Jaan_Tonisson_(Lasteleht), lk 423
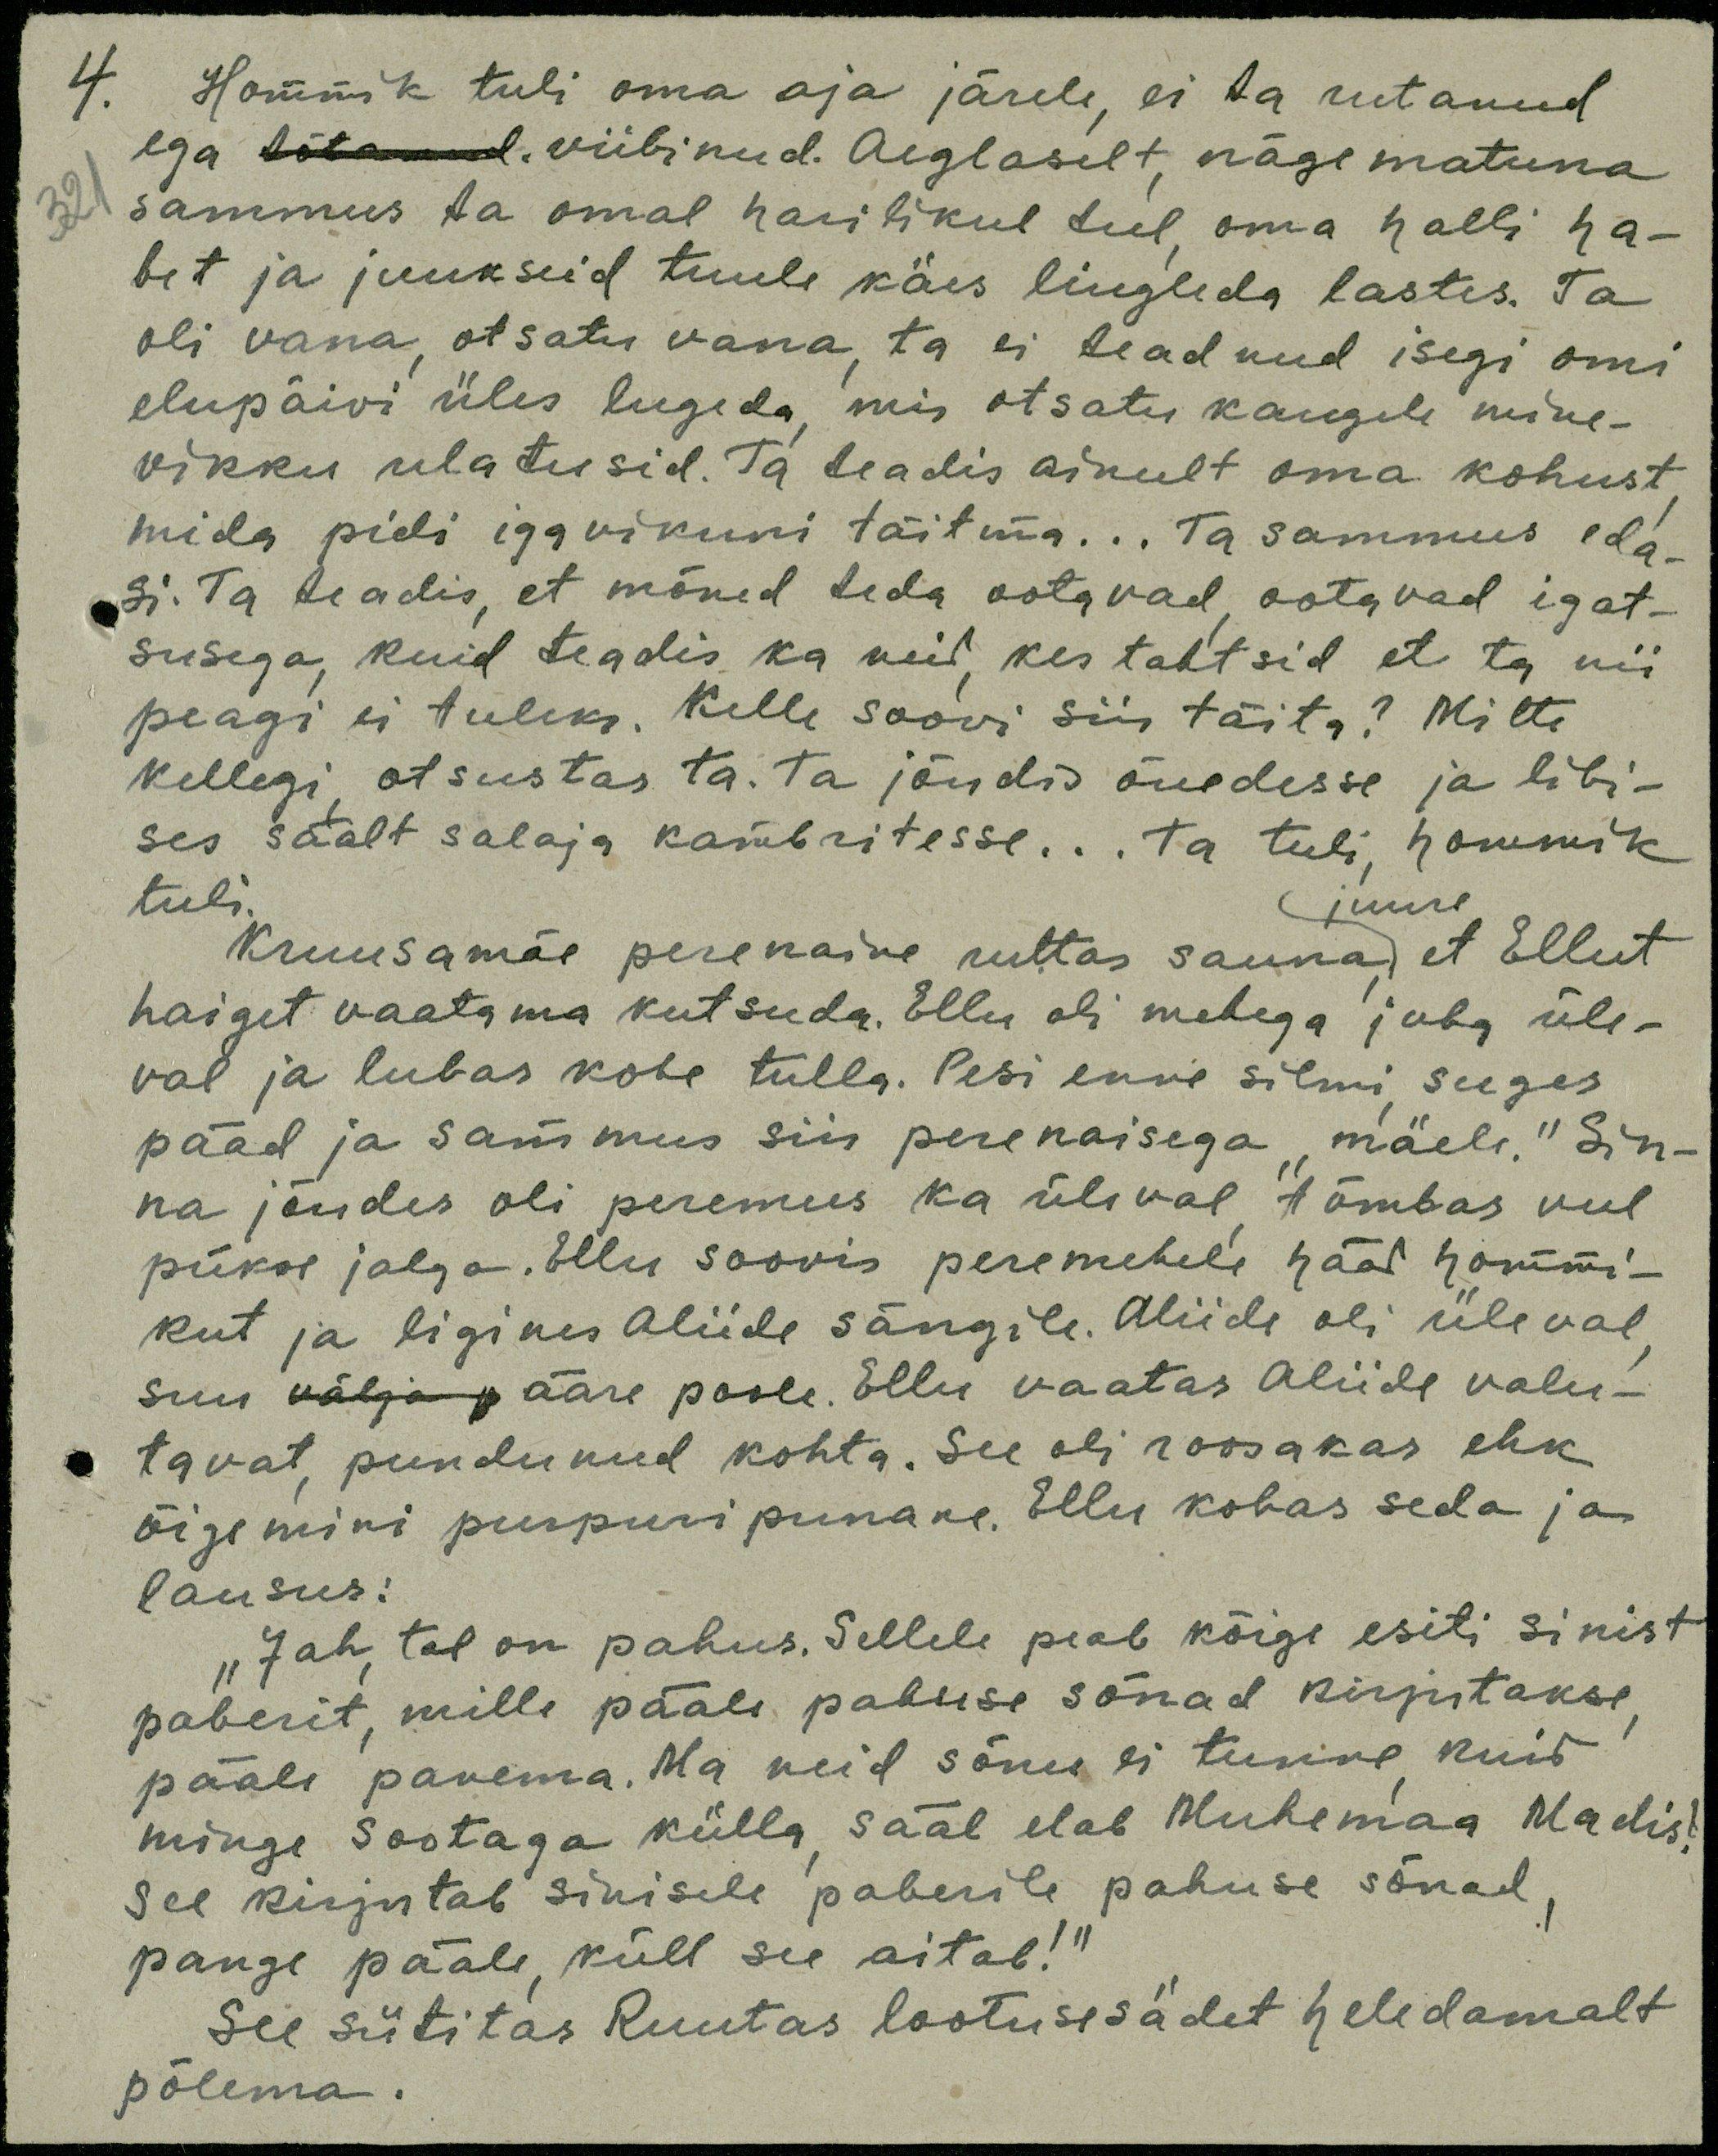
4. Hommik tuli oma aja järele, ei ta rutanud
ega tõtanud viibinud. Aeglaselt, nägematuna
321
sammus ta omal harilikul teel oma halli ha-
bet ja juukseid tuule käes liugleda lastes. Ta
oli vana otsatu vana, ta ei teadnud isegi omi
elupäivi üles lugeda, mis otsatu kaugele mine-
vikku ulatusid. Ta teadis ainult oma kohust
mida pidi igavikuni täitma... Ta sammus eda
si. Ta teadis, et mõned teda ootavad ootavad igat-
susega, kuid teadis ka neid, kes tahtsid et ta nii
peagi ei tuleks. Kelle soovi siis täita? Mitte
kellegi otsustas ta. Ta jõudis õuedesse ja libi-
ses säält salaja kambritesse... Ta tuli, hommik
tuli.
juure
Kruusamäe perenaine ruttas sauna et Ellut
haiget vaatama kutsuda. Ellu oli mehega juba üle-
val ja lubas kohe tulla. Pesi enne silmi suges
pääd ja sammus siis perenaisega mäele." Sin-
na jõudes oli peremees ka üleval tõmbas veel
pükse jalga. Ellu soovis peremehele hääl hommi-
kut ja ligines Aliide sängile. Aliide oli üleval
suu ääre poole. Ellu vaatas Aliide valu-
tavat pundunud kohta. See oli roosakas ehk
õigemini purpuri punane. Ellu kohas seda ja
lausus:
"Jah, tal on pahus. Sellele peab kõige esiti sinist
paberit, mille pääle pahuse sõnad kirjutakse
pääle panema. Ma neid sõnu ei tunne kuid
minge Sootaga külla sääl elab Muhemaa Madis
see kirjutab sinisele paberile pahuse sõnad,
pange pääle, küll see aitab!"
See sütitas Ruutas lootusesadet heledamalt
põlema.